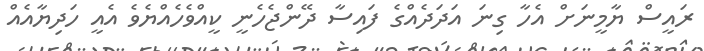
ރައީސް ޔާމީނަށް އެހާ ގިނަ އަދަދެއްގެ ފައިސާ ދޭންޖެހެނީ ކީއްވެހެއްޔެވެ އެއީ ހަދިޔާއެއް